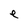
Character: e